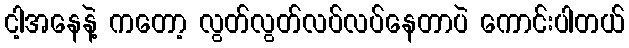
ငါ့အနေနဲ့ ကတော့ လွတ်လွတ်လပ်လပ်နေတာပဲ ကောင်းပါတယ်